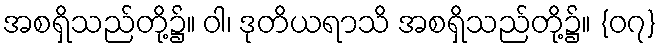
အစရှိသည်တို့၌။ ဝါ၊ ဒုတိယရာသိ အစရှိသည်တို့၌။ {၀၇}